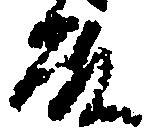
殿